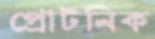
প্রোটনিক